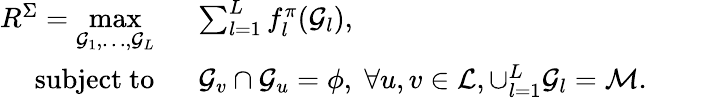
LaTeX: \begin{array}{rlrl}{R^{\Sigma}=\underset{\mathcal{G}_{1},\ldots,\mathcal{G}_{L}}{\mathrm{max}}}&{\; \; \sum_{l=1}^{L}f_{l}^{\pi}(\mathcal{G}_{l}),}&&{}\\ {\mathrm{subject~to}}&{\; \; \mathcal{G}_{v}\cap\mathcal{G}_{u}=\phi,\; \forall u,v\in\mathcal{L},\cup_{l=1}^{L}\mathcal{G}_{l}=\mathcal{M}.}\end{array}